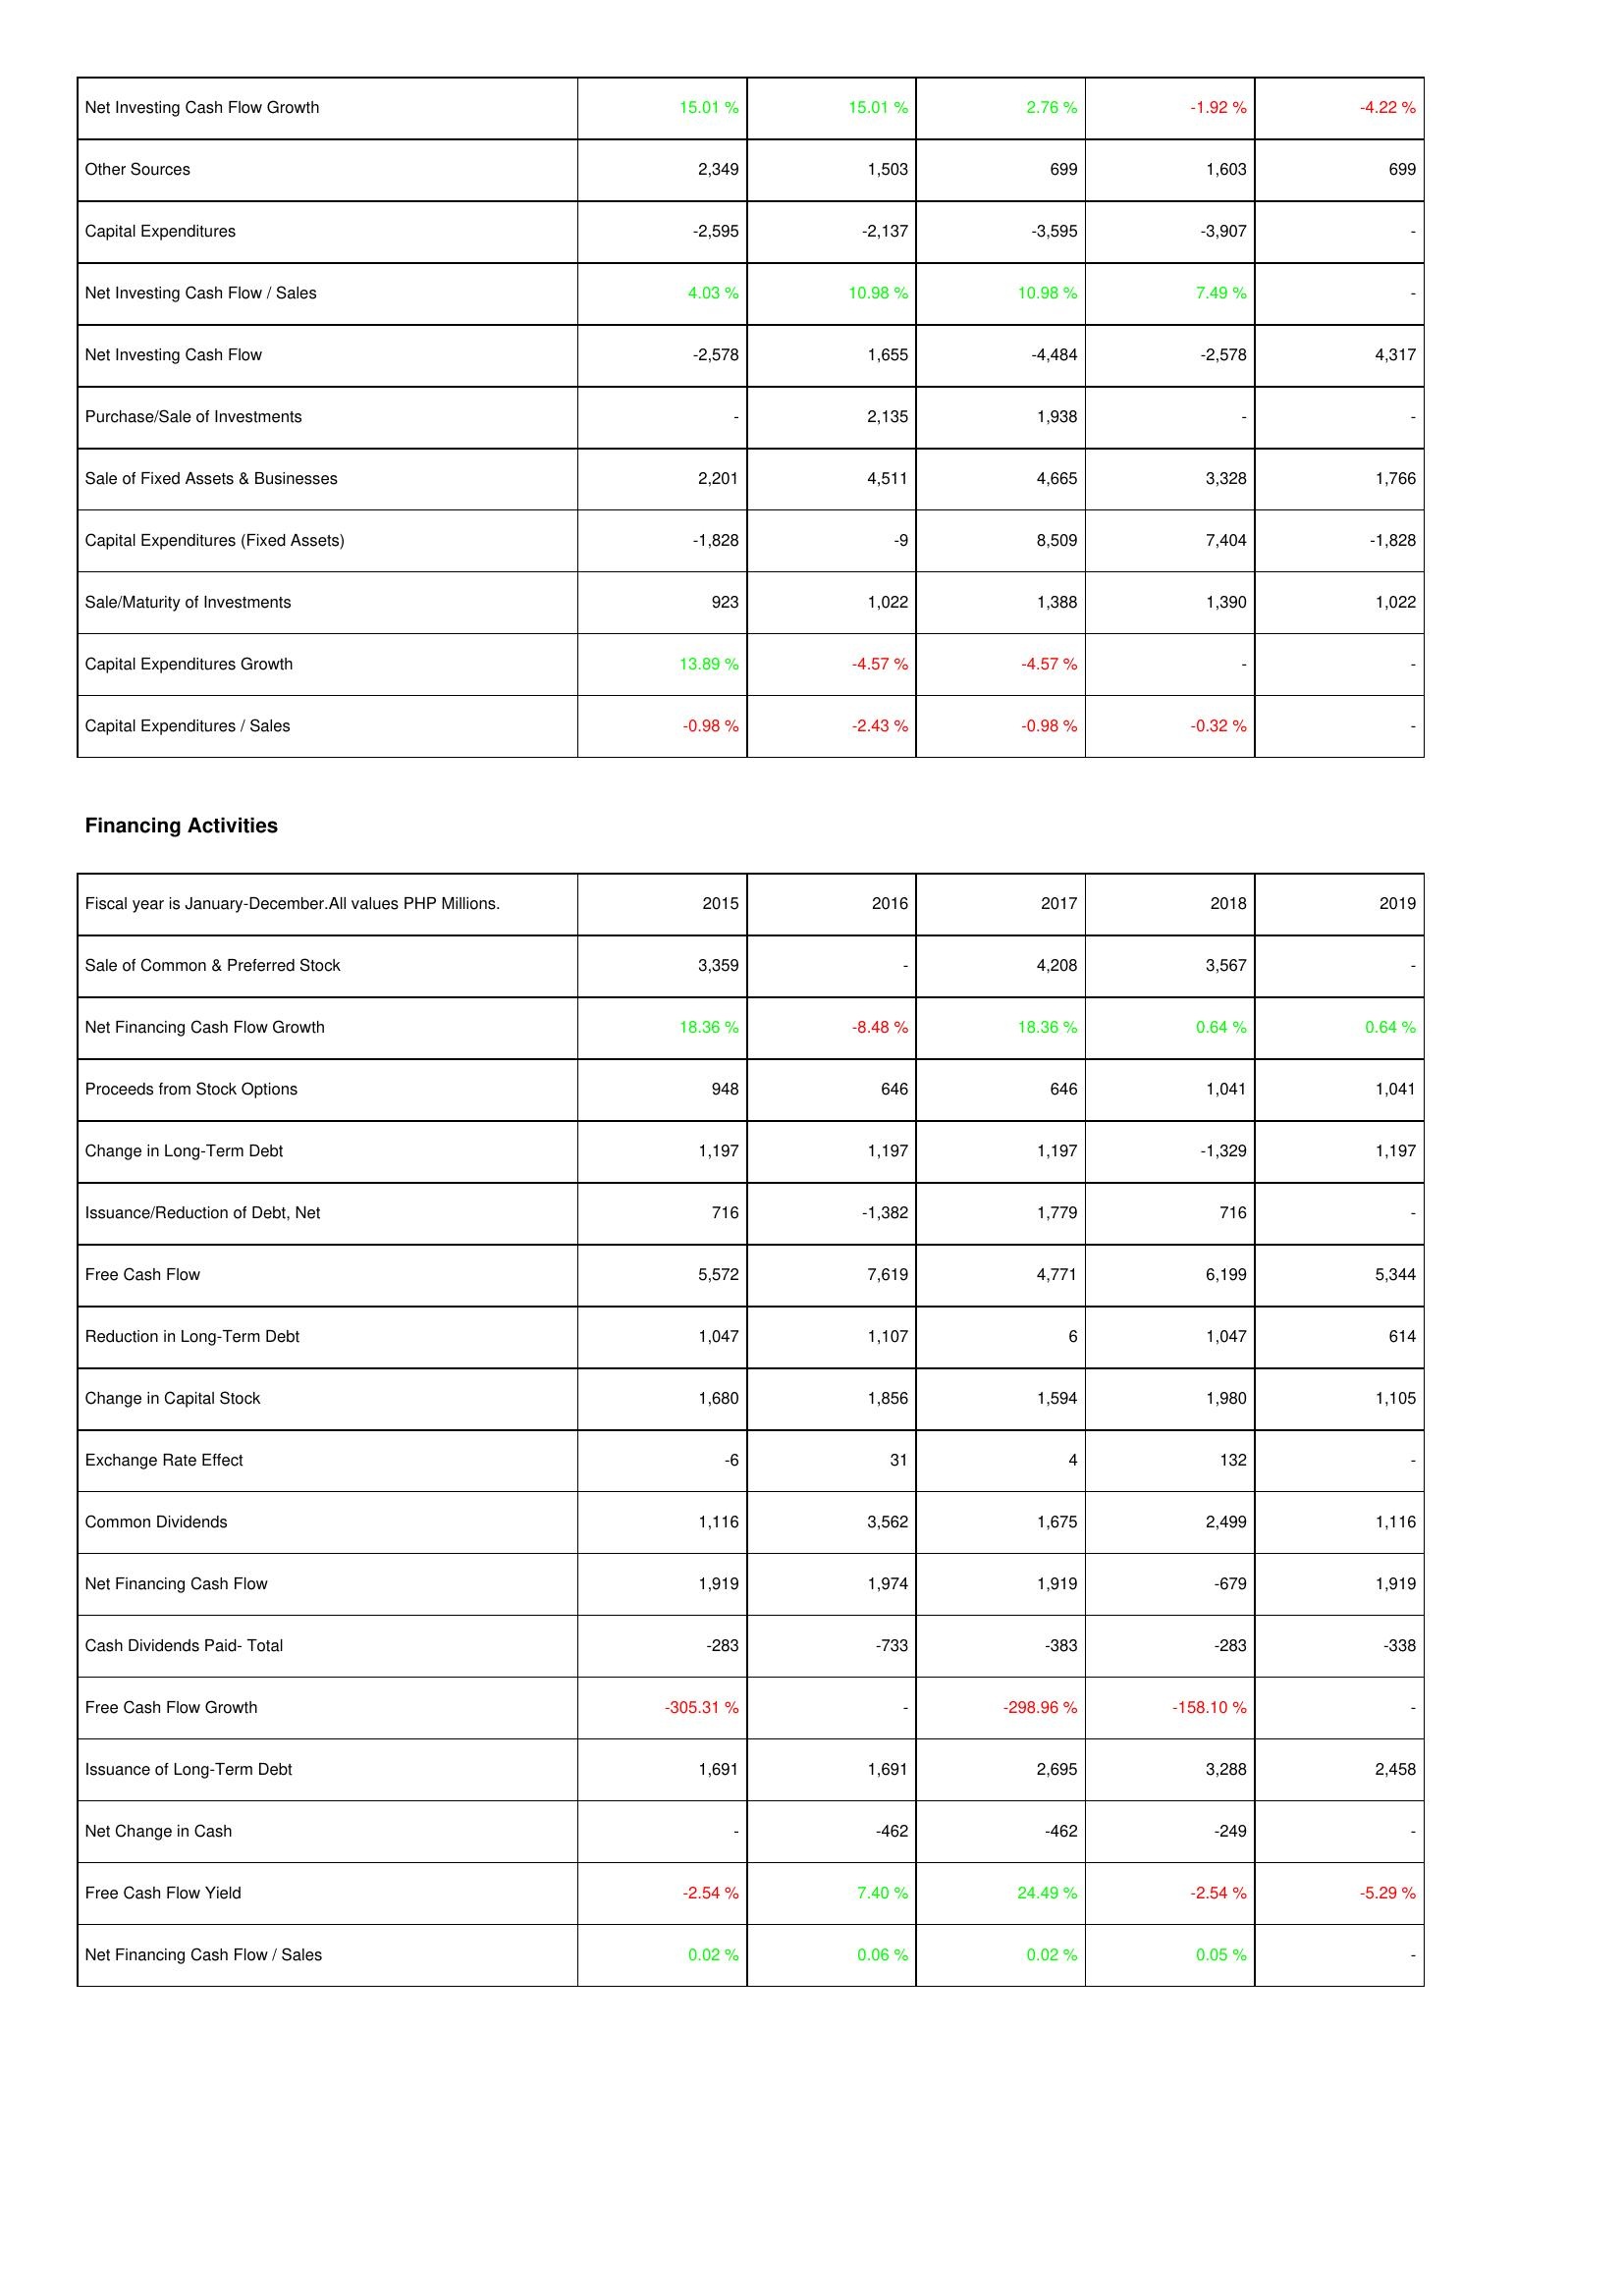
2015: Investing Activities: Net Investing Cash Flow Growth: 15.01 %
Other Sources: 2,349
Capital Expenditures: -2,595
Net Investing Cash Flow / Sales: 4.03 %
Net Investing Cash Flow: -2,578
Purchase/Sale of Investments: -
Sale of Fixed Assets & Businesses: 2,201
Capital Expenditures (Fixed Assets): -1,828
Sale/Maturity of Investments: 923
Capital Expenditures Growth: 13.89 %
Capital Expenditures / Sales: -0.98 %
Financing Activities: Sale of Common & Preferred Stock: 3,359
Net Financing Cash Flow Growth: 18.36 %
Proceeds from Stock Options: 948
Change in Long-Term Debt: 1,197
Issuance/Reduction of Debt, Net: 716
Free Cash Flow: 5,572
Reduction in Long-Term Debt: 1,047
Change in Capital Stock: 1,680
Exchange Rate Effect: -6
Common Dividends: 1,116
Net Financing Cash Flow: 1,919
Cash Dividends Paid- Total: -283
Free Cash Flow Growth: -305.31 %
Issuance of Long-Term Debt: 1,691
Net Change in Cash: -
Free Cash Flow Yield: -2.54 %
Net Financing Cash Flow / Sales: 0.02 %
2016: Investing Activities: Net Investing Cash Flow Growth: 15.01 %
Other Sources: 1,503
Capital Expenditures: -2,137
Net Investing Cash Flow / Sales: 10.98 %
Net Investing Cash Flow: 1,655
Purchase/Sale of Investments: 2,135
Sale of Fixed Assets & Businesses: 4,511
Capital Expenditures (Fixed Assets): -9
Sale/Maturity of Investments: 1,022
Capital Expenditures Growth: -4.57 %
Capital Expenditures / Sales: -2.43 %
Financing Activities: Sale of Common & Preferred Stock: -
Net Financing Cash Flow Growth: -8.48 %
Proceeds from Stock Options: 646
Change in Long-Term Debt: 1,197
Issuance/Reduction of Debt, Net: -1,382
Free Cash Flow: 7,619
Reduction in Long-Term Debt: 1,107
Change in Capital Stock: 1,856
Exchange Rate Effect: 31
Common Dividends: 3,562
Net Financing Cash Flow: 1,974
Cash Dividends Paid- Total: -733
Free Cash Flow Growth: -
Issuance of Long-Term Debt: 1,691
Net Change in Cash: -462
Free Cash Flow Yield: 7.40 %
Net Financing Cash Flow / Sales: 0.06 %
2017: Investing Activities: Net Investing Cash Flow Growth: 2.76 %
Other Sources: 699
Capital Expenditures: -3,595
Net Investing Cash Flow / Sales: 10.98 %
Net Investing Cash Flow: -4,484
Purchase/Sale of Investments: 1,938
Sale of Fixed Assets & Businesses: 4,665
Capital Expenditures (Fixed Assets): 8,509
Sale/Maturity of Investments: 1,388
Capital Expenditures Growth: -4.57 %
Capital Expenditures / Sales: -0.98 %
Financing Activities: Sale of Common & Preferred Stock: 4,208
Net Financing Cash Flow Growth: 18.36 %
Proceeds from Stock Options: 646
Change in Long-Term Debt: 1,197
Issuance/Reduction of Debt, Net: 1,779
Free Cash Flow: 4,771
Reduction in Long-Term Debt: 6
Change in Capital Stock: 1,594
Exchange Rate Effect: 4
Common Dividends: 1,675
Net Financing Cash Flow: 1,919
Cash Dividends Paid- Total: -383
Free Cash Flow Growth: -298.96 %
Issuance of Long-Term Debt: 2,695
Net Change in Cash: -462
Free Cash Flow Yield: 24.49 %
Net Financing Cash Flow / Sales: 0.02 %
2018: Investing Activities: Net Investing Cash Flow Growth: -1.92 %
Other Sources: 1,603
Capital Expenditures: -3,907
Net Investing Cash Flow / Sales: 7.49 %
Net Investing Cash Flow: -2,578
Purchase/Sale of Investments: -
Sale of Fixed Assets & Businesses: 3,328
Capital Expenditures (Fixed Assets): 7,404
Sale/Maturity of Investments: 1,390
Capital Expenditures Growth: -
Capital Expenditures / Sales: -0.32 %
Financing Activities: Sale of Common & Preferred Stock: 3,567
Net Financing Cash Flow Growth: 0.64 %
Proceeds from Stock Options: 1,041
Change in Long-Term Debt: -1,329
Issuance/Reduction of Debt, Net: 716
Free Cash Flow: 6,199
Reduction in Long-Term Debt: 1,047
Change in Capital Stock: 1,980
Exchange Rate Effect: 132
Common Dividends: 2,499
Net Financing Cash Flow: -679
Cash Dividends Paid- Total: -283
Free Cash Flow Growth: -158.10 %
Issuance of Long-Term Debt: 3,288
Net Change in Cash: -249
Free Cash Flow Yield: -2.54 %
Net Financing Cash Flow / Sales: 0.05 %
2019: Investing Activities: Net Investing Cash Flow Growth: -4.22 %
Other Sources: 699
Capital Expenditures: -
Net Investing Cash Flow / Sales: -
Net Investing Cash Flow: 4,317
Purchase/Sale of Investments: -
Sale of Fixed Assets & Businesses: 1,766
Capital Expenditures (Fixed Assets): -1,828
Sale/Maturity of Investments: 1,022
Capital Expenditures Growth: -
Capital Expenditures / Sales: -
Financing Activities: Sale of Common & Preferred Stock: -
Net Financing Cash Flow Growth: 0.64 %
Proceeds from Stock Options: 1,041
Change in Long-Term Debt: 1,197
Issuance/Reduction of Debt, Net: -
Free Cash Flow: 5,344
Reduction in Long-Term Debt: 614
Change in Capital Stock: 1,105
Exchange Rate Effect: -
Common Dividends: 1,116
Net Financing Cash Flow: 1,919
Cash Dividends Paid- Total: -338
Free Cash Flow Growth: -
Issuance of Long-Term Debt: 2,458
Net Change in Cash: -
Free Cash Flow Yield: -5.29 %
Net Financing Cash Flow / Sales: -